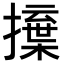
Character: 𢶳